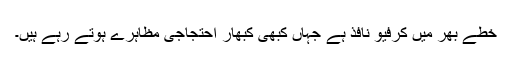
خطے بھر میں کرفیو نافذ ہے جہاں کبھی کبھار احتجاجی مظاہرے ہوتے رہے ہیں۔